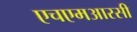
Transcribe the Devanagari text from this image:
एचएमआरसी